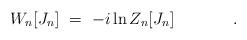
LaTeX: \begin{align*}W_n[J_n]\ =\ -i \ln Z_n[J_n] \hspace{1.5cm}.\hspace{0.5cm} \\\end{align*}